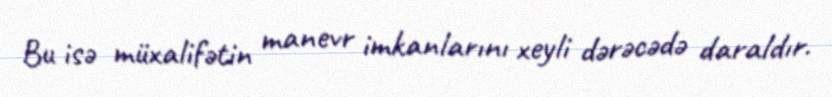
Bu isə müxalifətin manevr imkanlarını xeyli dərəcədə daraldır.